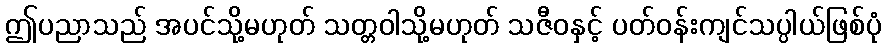
ဤပညာသည် အပင်သို့မဟုတ် သတ္တဝါသို့မဟုတ် သဇီဝနှင့် ပတ်ဝန်းကျင်သပ္ပါယ်ဖြစ်ပုံ